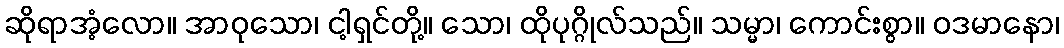
ဆိုရာအံ့လော။ အာဝုသော၊ ငါ့ရှင်တို့။ သော၊ ထိုပုဂ္ဂိုလ်သည်။ သမ္မာ၊ ကောင်းစွာ။ ဝဒမာနော၊